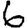
Digit: 6